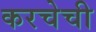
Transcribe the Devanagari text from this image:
करचेची